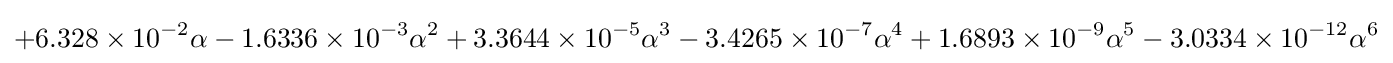
+6.328\times 10^{-2}\alpha -1.6336\times 10^{-3}\alpha ^{2}+3.3644\times 10^{-5}\alpha ^{3}-3.4265\times 10^{-7}\alpha ^{4}+1.6893\times 10^{-9}\alpha ^{5}-3.0334\times 10^{-12}\alpha ^{6}